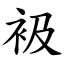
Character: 衱